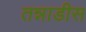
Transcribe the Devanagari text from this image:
तन्नाडीस